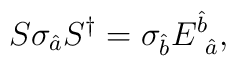
S\sigma_{\hat{a}}S^{\dagger}=\sigma_{\hat{b}}E^{\hat{b}}_{\mbox{ }\hat{a}},